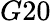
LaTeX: G20